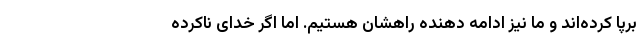
برپا کرده‌اند و ما نیز ادامه دهنده راهشان هستیم. اما اگر خدای ناکرده